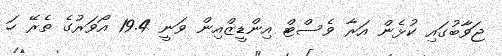
ޖަވާބުގައި ކުޅެން އަރާ ވެސްޓް އިންޑީޒްއިން ވަނީ 19.4 އޯވަރުގެ ތެރޭ ހަ